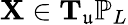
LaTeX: \mathbf{X}\in\mathbf{T}_{\mathfrak{u}}\mathbb{P}_{L}